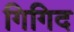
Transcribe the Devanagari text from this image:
गिगिद